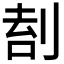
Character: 𠝛